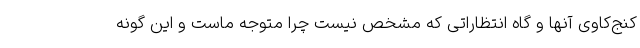
کنج‌کاوی آنها و گاه انتظاراتی که مشخص نیست چرا متوجه ماست و این گونه